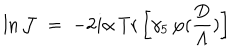
\ln { \mathcal J } \; = \; - 2 i \alpha \, \mathrm { T r } \left[ \gamma _ { 5 } \, \varphi ( \frac { \not \! \! D } { \Lambda } ) \right]